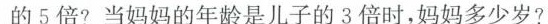
的5倍?当妈妈的年龄是儿子的3倍时，妈妈多少岁?